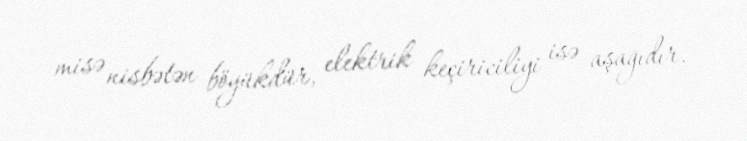
misə nisbətən böyükdür, elektrik keçiriciliyi isə aşağıdır.